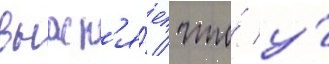
выасн'я́ет / что́ у́